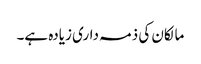
مالکان کی ذمہ داری زیادہ ہے۔